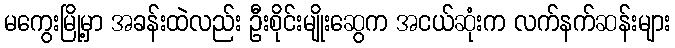
မကွေးမြို့မှာ အခန်းထဲလည်း ဦးစိုင်းမျိုးဆွေက အငယ်ဆုံးက လက်နက်ဆန်းများ